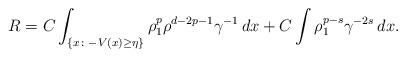
LaTeX: \begin{align*}R=C\int _{\{ x\colon -V (x) \ge \eta \}} \rho_1^{p}\rho^{d-2p-1} \gamma^{-1}\,dx+ C\int \rho_1^{p-s} \gamma^{-2s}\,dx.\end{align*}